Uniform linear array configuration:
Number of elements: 32
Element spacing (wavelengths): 0.25
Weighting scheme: binomial
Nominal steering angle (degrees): -30
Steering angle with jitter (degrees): -29.771
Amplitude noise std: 0.05
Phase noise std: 0.05

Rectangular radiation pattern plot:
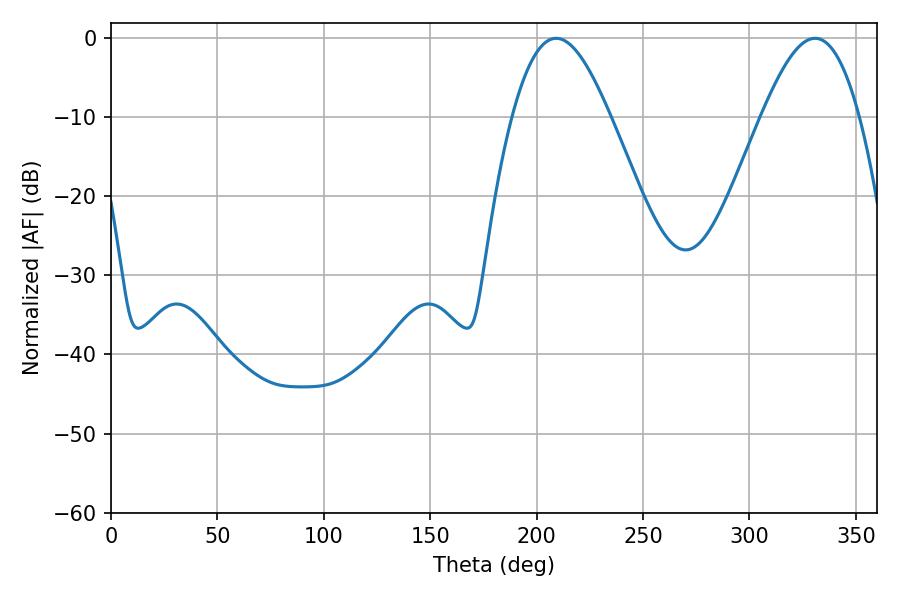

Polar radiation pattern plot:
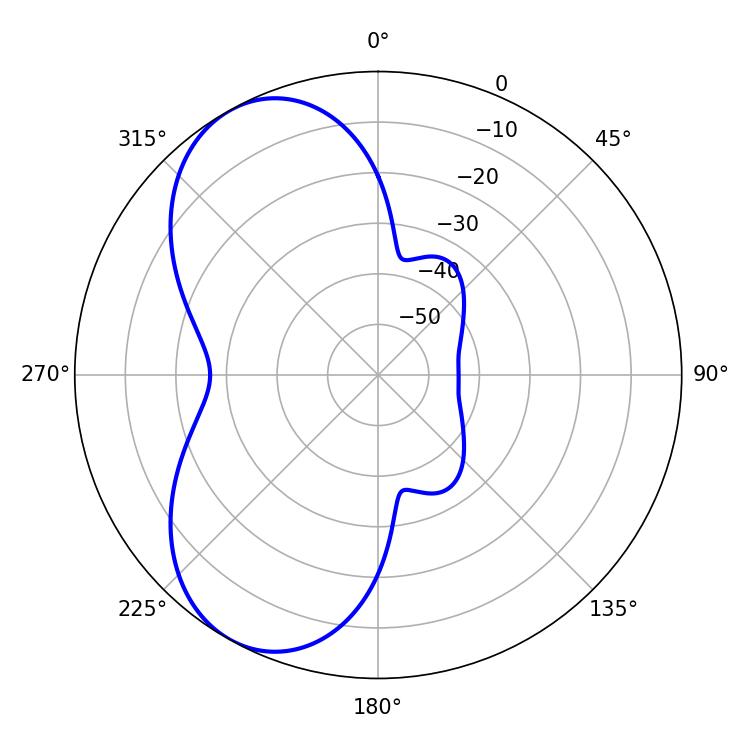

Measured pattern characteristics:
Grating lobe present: FALSE
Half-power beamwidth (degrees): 24.84
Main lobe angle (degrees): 209.16